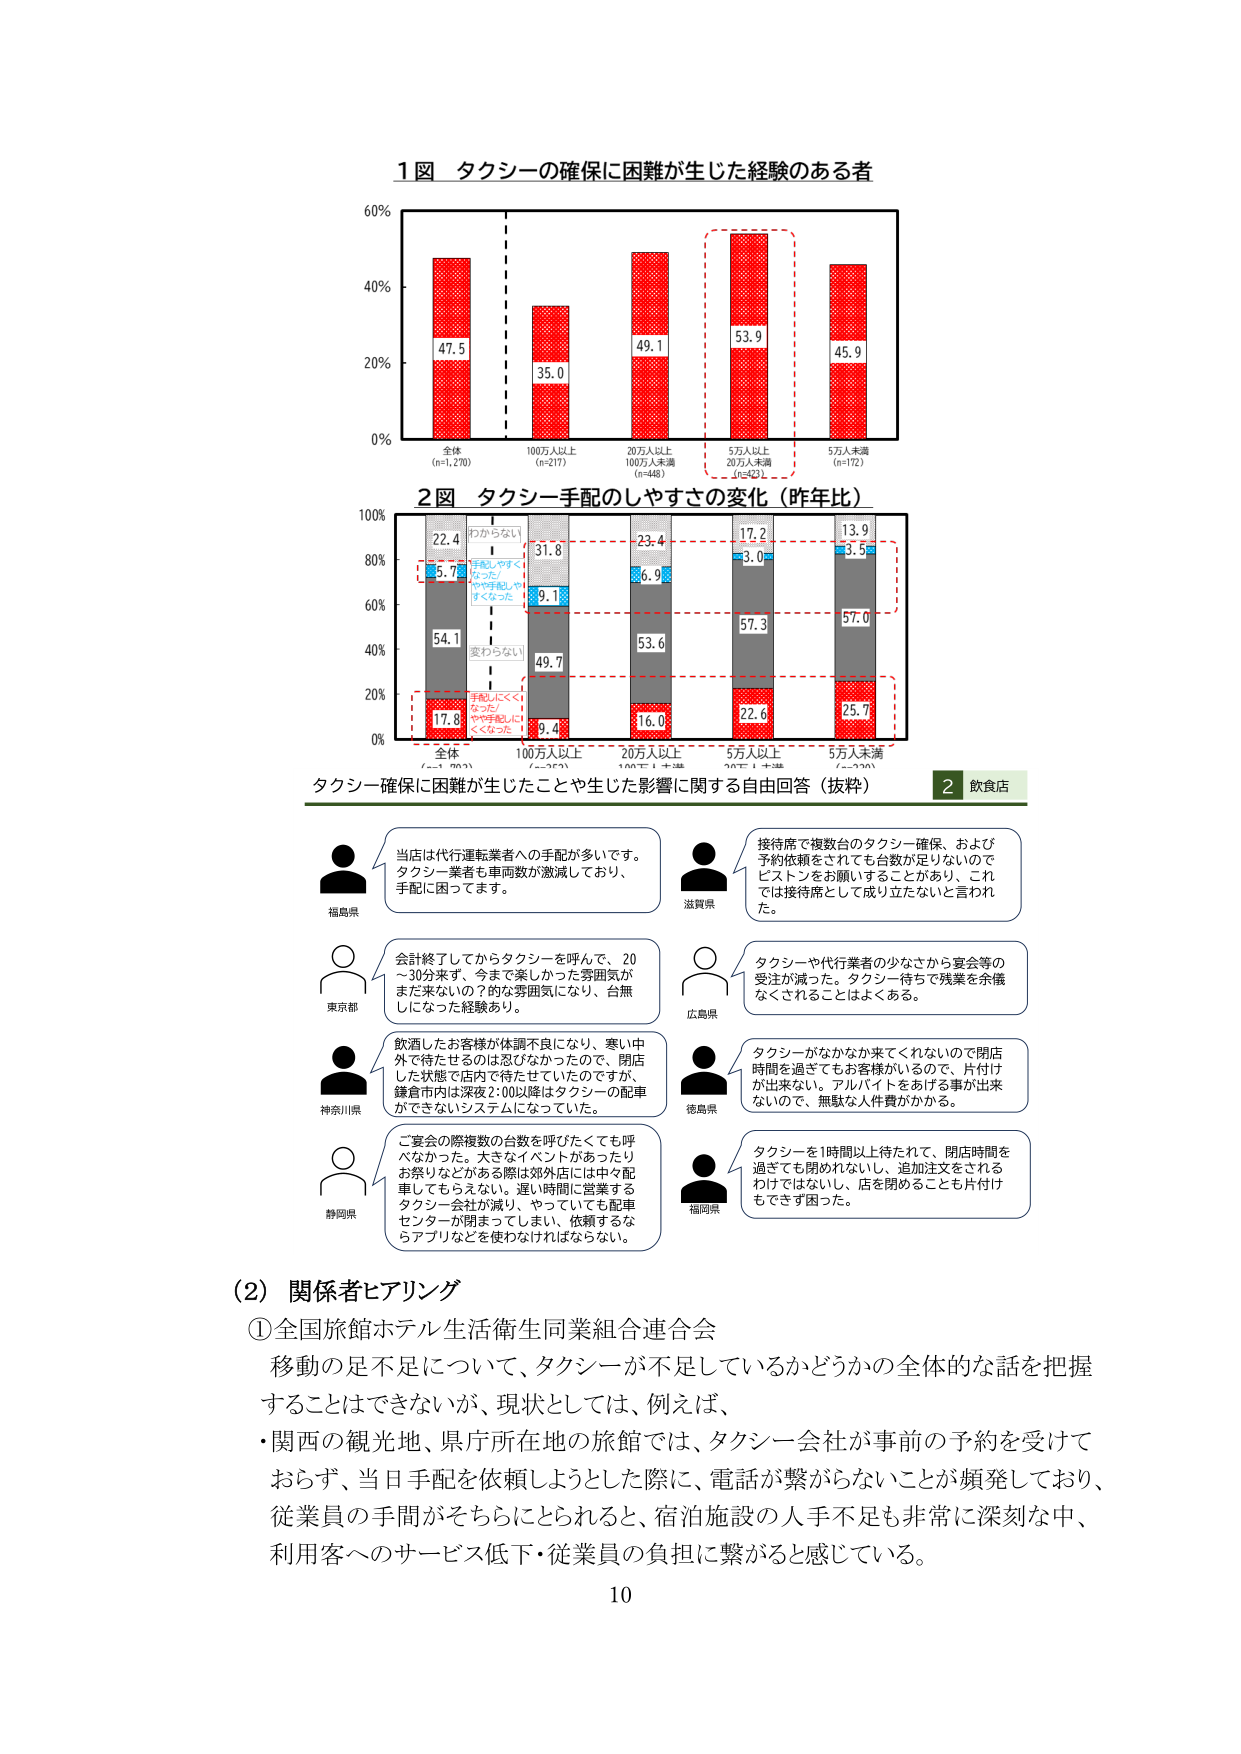
1図 タクシーの確保に困難が生じた経験のある者
60%
40%
20%
0%
全体 (n=1,270)
47.5
100万人以上 (n=217)
35.0
20万人以上 100万人未満 (n=448)
49.1
5万人以上 20万人未満 (n=42)
53.9
5万人未満 (n=172)
45.9

2図 タクシー手配のしやすさの変化（昨年比）
100%
80%
60%
40%
20%
0%
全体 (n=1,270)
22.4
5.7
54.1
17.8
わからな い
手配しやすくなった
手配しにくくなった
変わらない
100万人以上 (n=217)
23.8
9.1
49.7
9.4
20万人以上 100万人未満 (n=448)
23.4
6.9
53.6
16.0
5万人以上 20万人未満 (n=42)
17.2
3.0
57.3
22.6
5万人未満 (n=172)
13.9
3.5
57.0
25.7

タクシー確保に困難が生じたことや生じた影響に関する自由回答（抜粋）
2 飲食店

福島県
当店は代行運転業者への手配が多いです。タクシー業者も車両数が激減しており、手配に困ってます。

滋賀県
接待席で複数台のタクシー確保、および予約依頼をされても台数が足りないのでピストンをお願いすることがあり、これでは接待席として成り立たないと言われた。

東京都
会計終了してからタクシーを呼んで、20～30分来ず、今まで楽しかった雰囲気がまだ来ないの？的な雰囲気になり、白無しになった経験あり。

広島県
タクシーや代行業者の少なさから宴会等の受注が減った。タクシー待ちで残業を余儀なくされることはよくある。

神奈川県
飲酒したお客様が体調不良になり、寒い中外で待たせるのは忍びなかったので、閉店した状態で店内で待たせていたのですが、鎌倉市内は深夜2:00以降はタクシーの配車ができないシステムになっていた。

徳島県
タクシーがなかなか来てくれないので閉店時間を過ぎてもお客様がいるので、片付けが出来ない。アルバイトをあげる事が出来ないので、無駄な人件費がかかる。

静岡県
ご宴会の際複数の台数を呼びたくても呼べなかった。大きなイベントがあったりお祭りなどがある際は郊外店には中々配車してもらえない。遅い時間に営業するタクシー会社が減り、やっていても配車センターが閉まってしまい、依頼するならアプリなどを使わなければならない。

福岡県
タクシーを1時間以上待たれて、閉店時間を過ぎても閉められないし、追加注文をされるわけではないし、店を閉めることも片付けもできず困った。

(2) 関係者ヒアリング
①全国旅館ホテル生活衛生同業組合連合会
移動の足不足について、タクシーが不足しているかどうかの全体的な話を把握することはできないが、現状としては、例えば、
・関西の観光地、県庁所在地の旅館では、タクシー会社が事前の予約を受けておらず、当日手配を依頼しようとした際に、電話が繋がらないことが頻発しており、従業員の手間がそちらにとられると、宿泊施設の人手不足も非常に深刻な中、利用客へのサービス低下・従業員の負担に繋がると感じている。

10